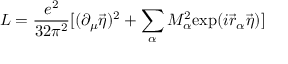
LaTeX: { \cal L } = \frac { e ^ { 2 } } { 3 2 \pi ^ { 2 } } [ ( \partial _ { \mu } \vec { \eta } ) ^ { 2 } + \sum _ { \alpha } M _ { \alpha } ^ { 2 } \mathrm { e x p } ( i \vec { r } _ { \alpha } \vec { \eta } ) ]